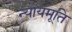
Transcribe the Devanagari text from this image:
न्यायमूति